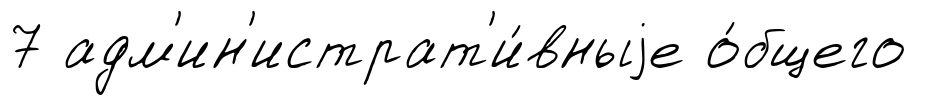
7 адм'ин'истрат'и́вныjе о́бщего